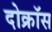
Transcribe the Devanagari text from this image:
दोक्रॉस